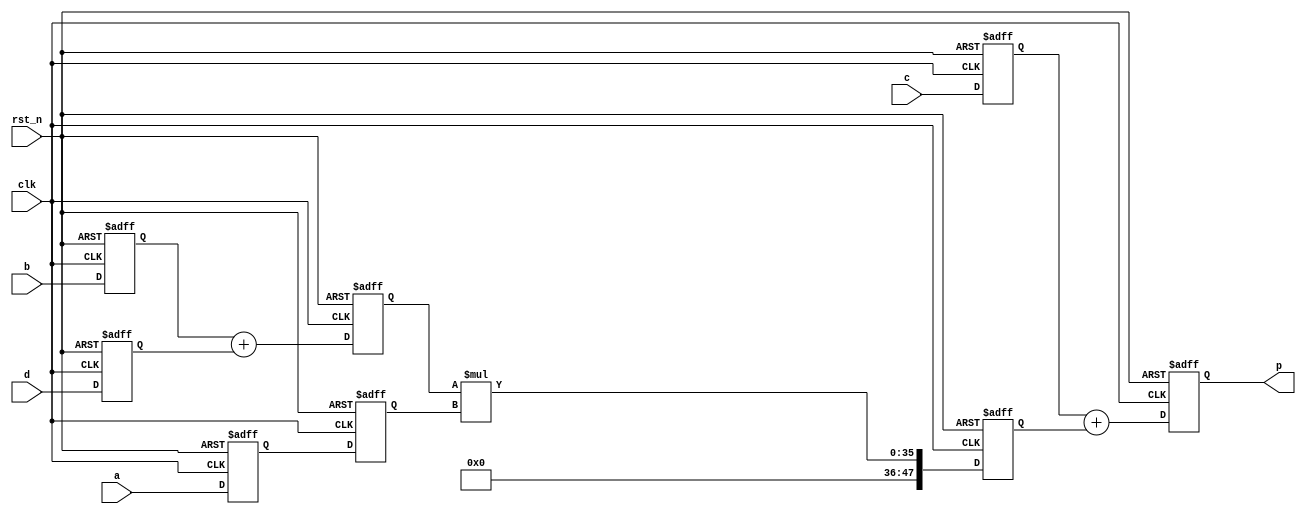
module DSP (a,b,c,d,clk,rst_n,p);
    parameter OPERATION = "ADD" ;
    input [17:0]a,b,d;
    input [47:0]c;
    input clk,rst_n;
    output reg [47:0]p;
    reg [17:0] a0,a1,b0,d0,adder1out;
    reg [47:0] c0,multiout;
    always @(posedge clk or negedge rst_n) begin
        if(!rst_n)begin
            p<=0;
            a0<=0;
            a1<=0;
            b0<=0;
            d0<=0;
            c0<=0;
            adder1out<=0;
            multiout<=0;
        end

        else begin
            a0<=a;
            a1<=a0;
            b0<=b;
            c0<=c;
            d0<=d;
            multiout <= adder1out*a1;
            if (OPERATION == "ADD")begin
                adder1out<= b0+d0;
                p<= c0+multiout;
            end
            else if(OPERATION =="SUBTRACT") begin
                adder1out <= d0-b0;
                p <= multiout - c0;
            end
        end
    end
endmodule